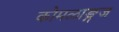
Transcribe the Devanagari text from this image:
कोमळाङ्गज